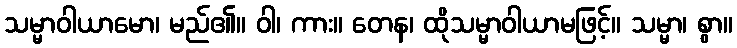
သမ္မာဝါယာမော၊ မည်၏။ ဝါ၊ ကား။ တေန၊ ထိုသမ္မာဝါယာမဖြင့်။ သမ္မာ၊ စွာ။